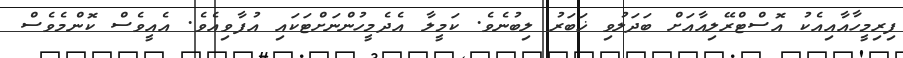
ފިރިމީހާއާއިއެކު އޮސްޓްރޭލިއާއަށް ބަދަލުވި ޚަބަރު ލިބުނެވެ. ކަމީލާ އެދެމީހުންނަށްޓަކައި އުފާވިއެވެ. އެއީވެސް ކޮންމެވެސް